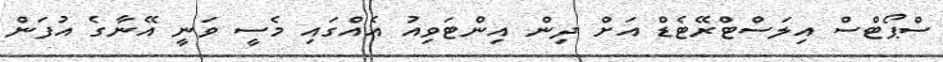
ސްޕޯޓްސް އިލަސްޓްރޭޓެޑް އަށް ދިން އިންޓަވިއު އެއްގައި މެސީ ވަނީ އޭނާގެ އުފަން